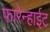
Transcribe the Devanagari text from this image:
फारेन्हाईट